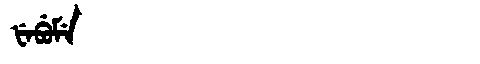
Manchu: ᡶᡝᠪᡠᠮᡝ
Romanization: FEBUME